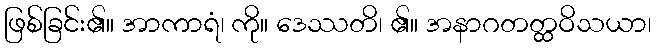
ဖြစ်ခြင်း၏။ အာကာရံ၊ ကို။ ဒေဿတိ၊ ၏။ အနာဂတတ္ထဝိသယာ၊